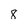
Character: 8